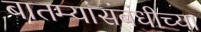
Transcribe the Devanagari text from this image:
बातम्यांसंबंधीच्या